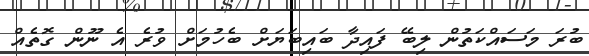
ބުރަ މަސައްކަތުން ލިބޭ ފައިދާ ބައިބަޔަށް ބެހުމަށް ވުރެ އެ ނޫން ގޮތެއް